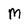
Character: M